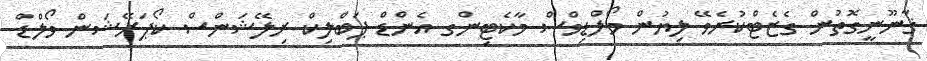
ޤާނޫނީގޮތުން ގެޒެޓްކުރެވޭ ލިޔުން މޯލްޑިވްސް މާކެޓިންގ އެންޑް ޕަބްލިކް ރިލޭޝަންސް ކޯޕަރޭޝަން ވޯލްޑް